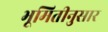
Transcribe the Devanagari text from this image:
भूमितीनुसार